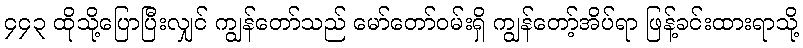
၄၄၃ ထိုသို့ပြောပြီးလျှင် ကျွန်တော်သည် မော်တော်ဝမ်းရှိ ကျွန်တော့်အိပ်ရာ ဖြန့်ခင်းထားရာသို့